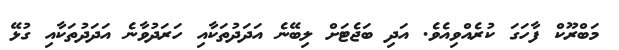
މަބްރޫކް ފާހަގަ ކުރެއްވިއެވެ. އަދި ބަޖެޓަށް ލިބޭނެ އަދަދުތަކާއި ހަރަދުވާނެ އަދަދުތަކާއި ގުޅޭ